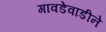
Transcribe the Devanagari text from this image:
गावडेवाडीने